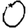
Digit: 0